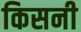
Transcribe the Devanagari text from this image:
किसनी